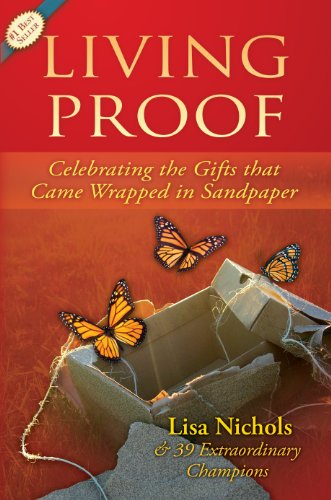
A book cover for Living Proof: Celebrating the Gifts That Came Wrapped in Sandpaper; Lisa Nichols; Self-Help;